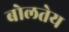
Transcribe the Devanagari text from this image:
बोलतेय